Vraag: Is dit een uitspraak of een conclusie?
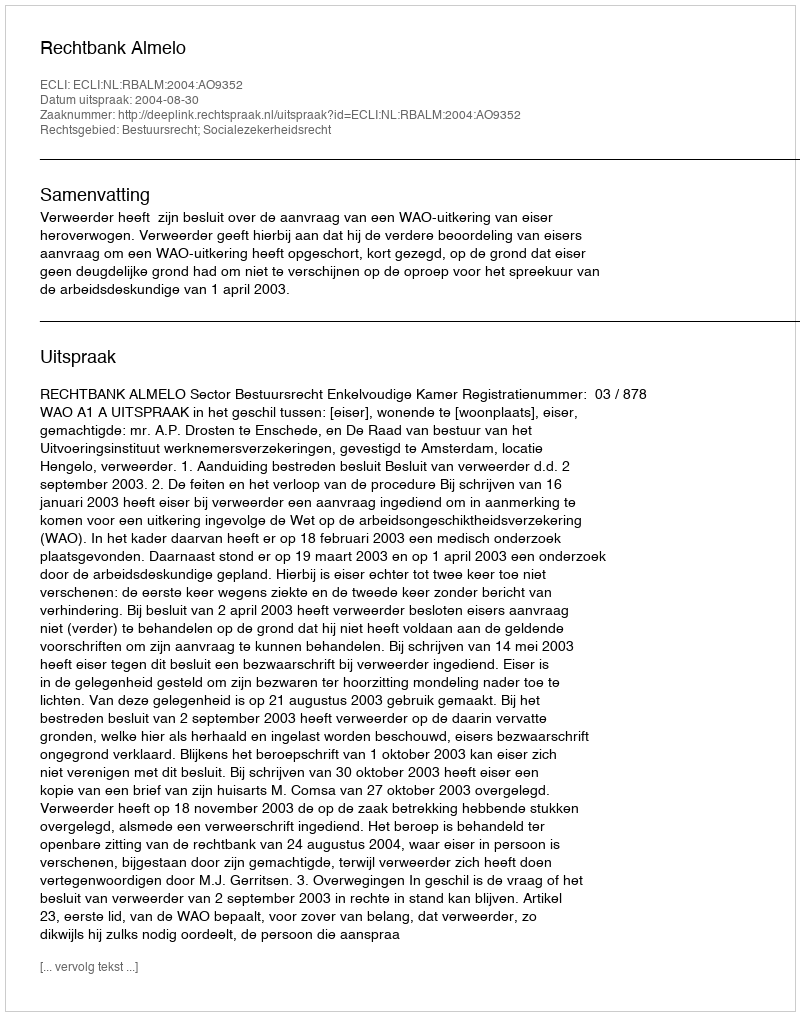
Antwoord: Uitspraak